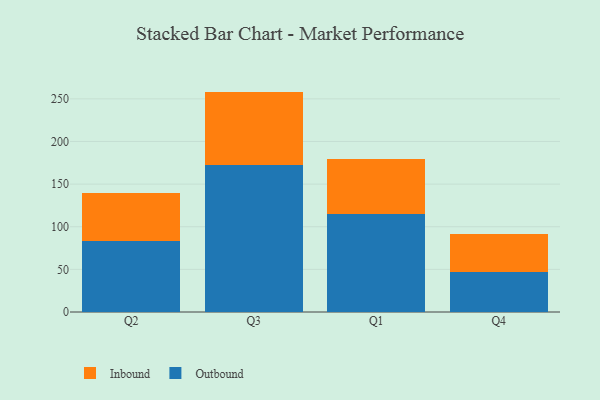
{"axis": {"x": "Quarter", "y": "Revenue (USD Million)"}, "legend": ["Inbound", "Outbound"], "data": [{"x": "Q2", "y": 83.0, "type": "Outbound"}, {"x": "Q2", "y": 56.8, "type": "Inbound"}, {"x": "Q3", "y": 172.0, "type": "Outbound"}, {"x": "Q3", "y": 86.5, "type": "Inbound"}, {"x": "Q1", "y": 114.7, "type": "Outbound"}, {"x": "Q1", "y": 64.3, "type": "Inbound"}, {"x": "Q4", "y": 46.7, "type": "Outbound"}, {"x": "Q4", "y": 44.7, "type": "Inbound"}]}